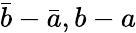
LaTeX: \bar{b}-\bar{a},b-a